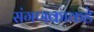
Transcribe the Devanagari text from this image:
संगणकाकडे